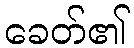
ခေတ်၏